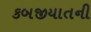
કબજીયાતની